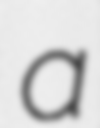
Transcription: a